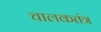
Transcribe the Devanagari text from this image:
चालकतंत्र